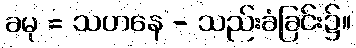
ခမု = သဟနေ - သည်းခံခြင်း၌။